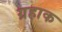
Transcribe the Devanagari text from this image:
ग्रहाक